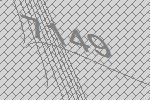
7149